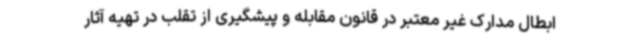
ابطال مدارک غیر معتبر در قانون مقابله و پیشگیری از تقلب در تهیه آثار